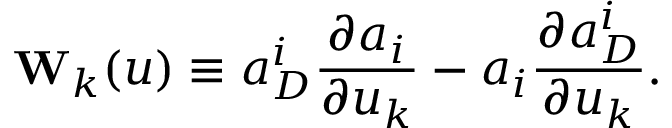
{ \bf W } _ { k } ( u ) \equiv a _ { D } ^ { i } \frac { \partial a _ { i } } { \partial u _ { k } } - a _ { i } \frac { \partial a _ { D } ^ { i } } { \partial u _ { k } } .